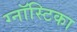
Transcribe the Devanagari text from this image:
ग्नॉस्टिका